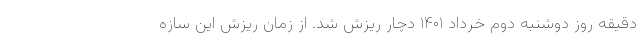
دقیقه روز دوشنبه دوم خرداد ۱۴۰۱ دچار ریزش شد. از زمان ریزش این سازه